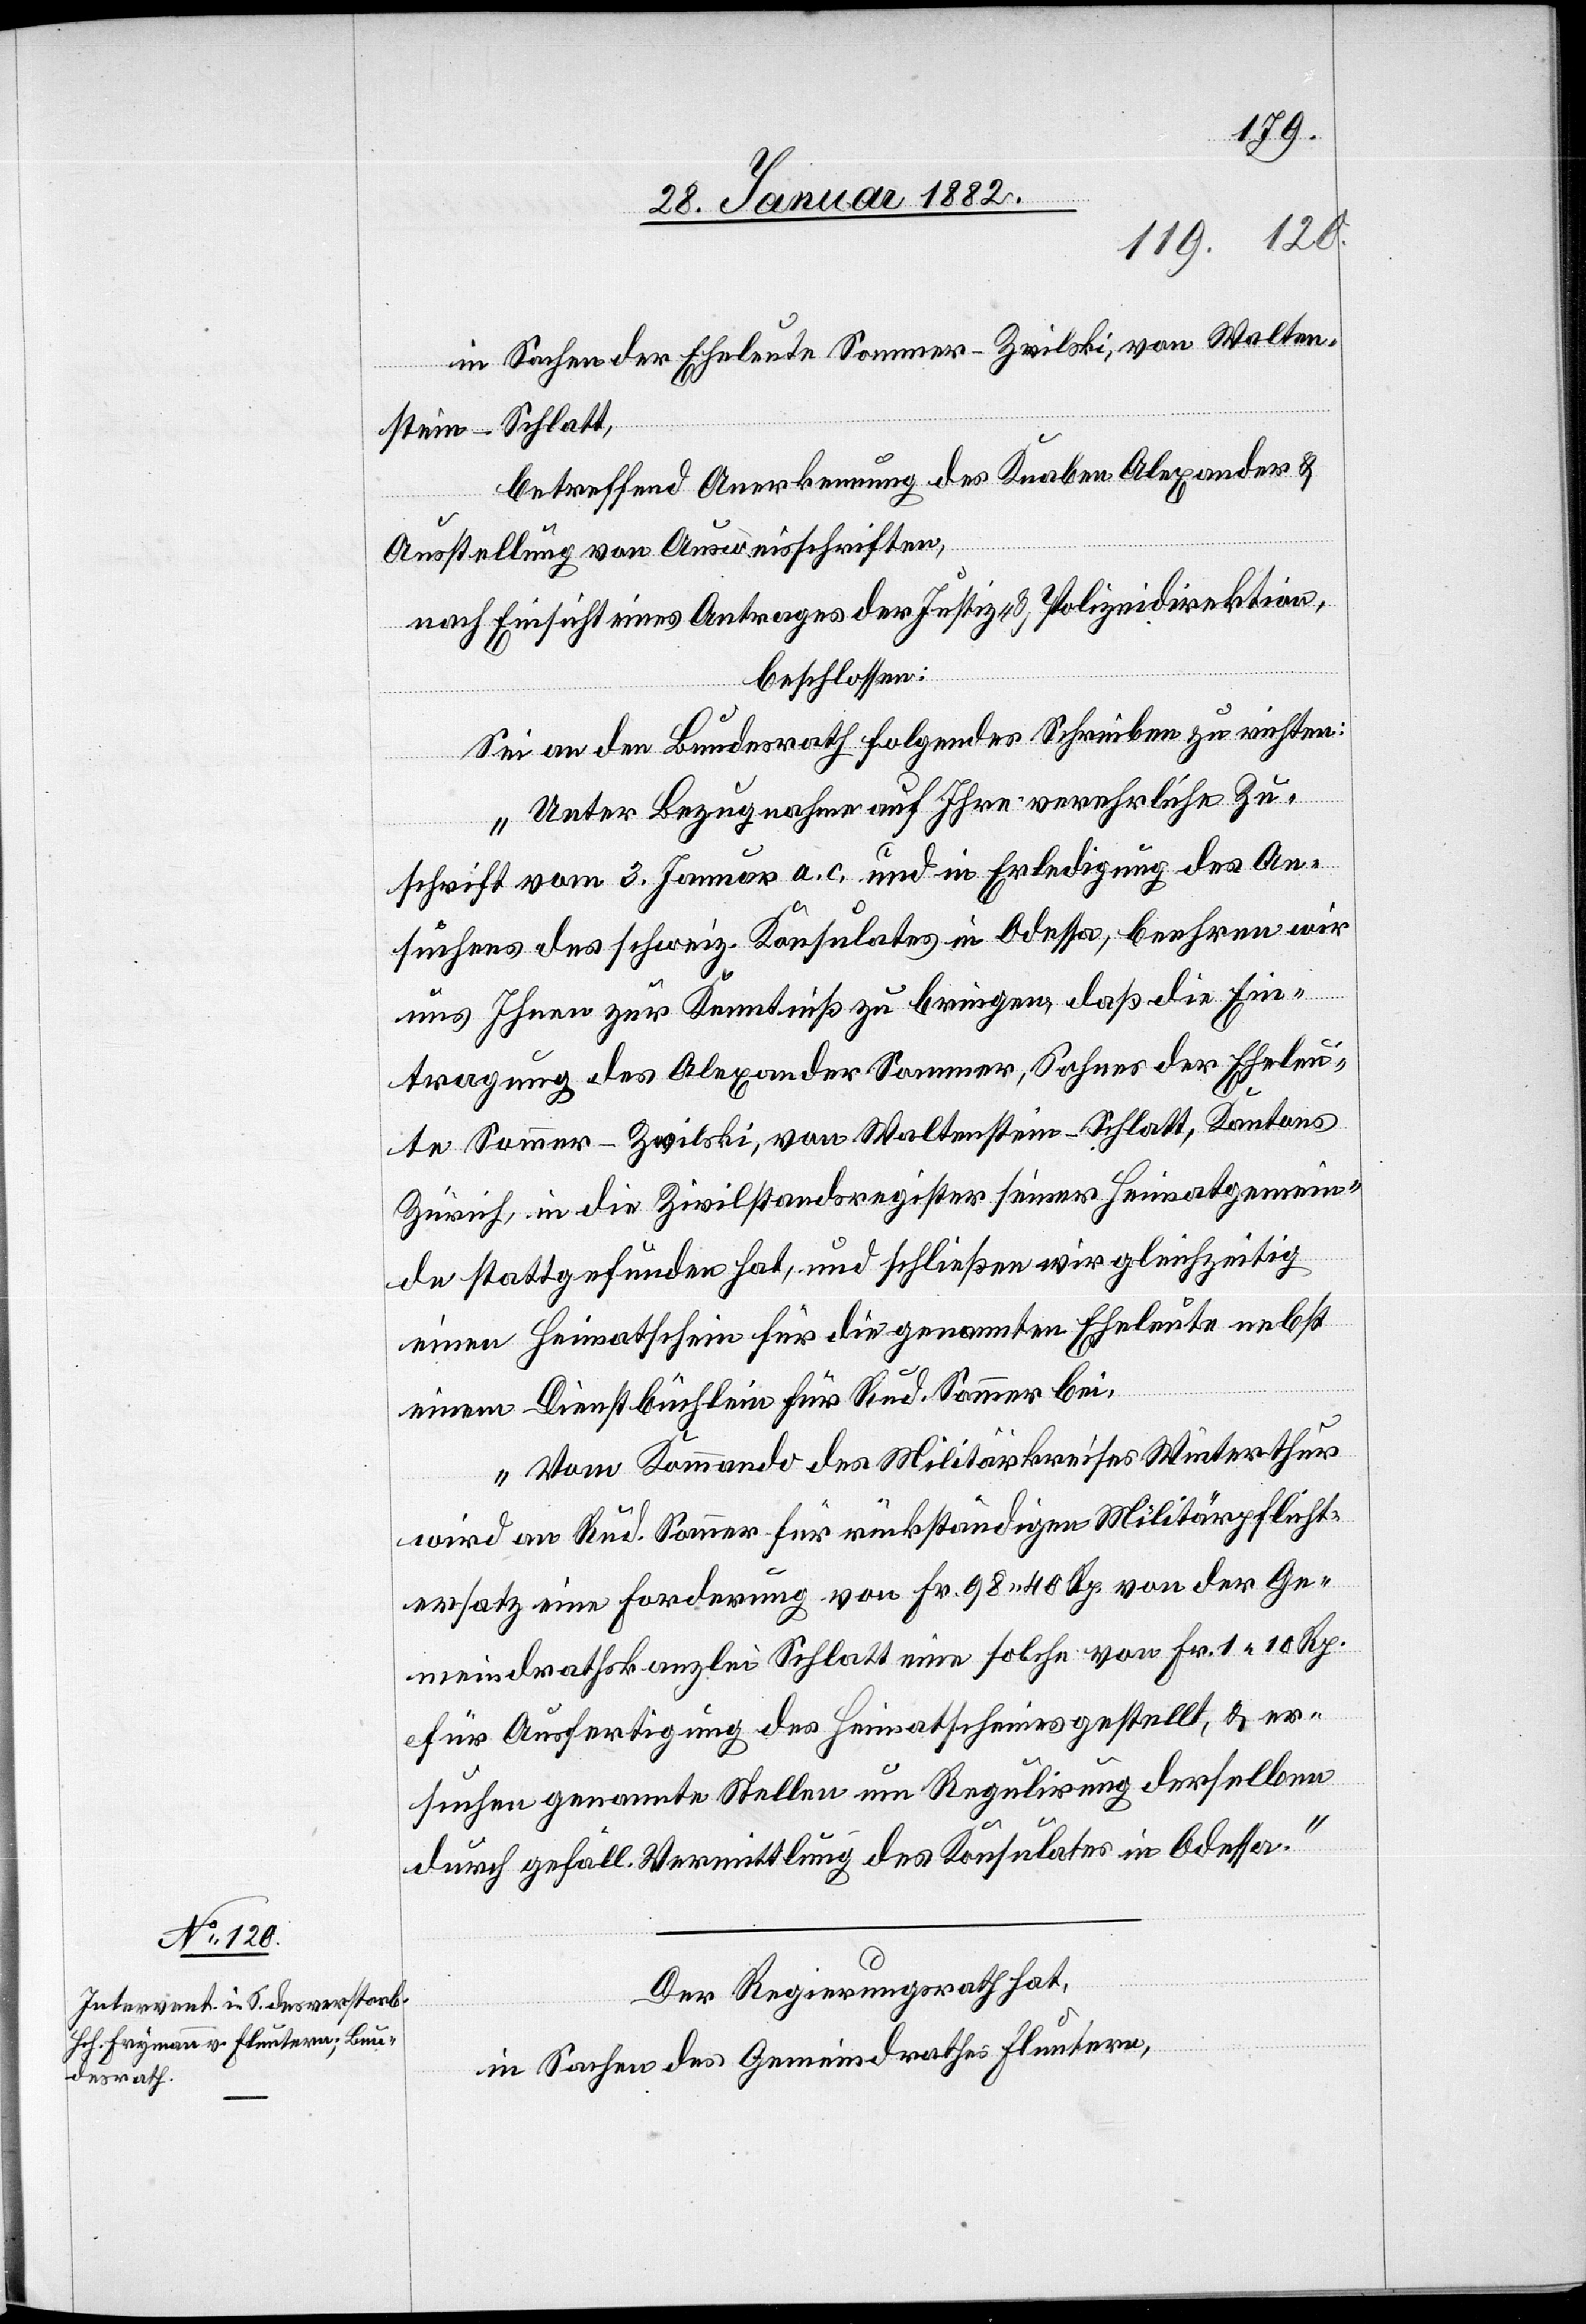
in Sachen der Eheleute Sommer-Zwilski, von Walten¬
stein - Schlatt,
betreffend Anerkennung des Knaben Alexander &
Ausstellung von Ausweisschriften,
nach Einsicht eines Antrages der Justiz- & Polizeidirektion,
beschlossen:
Sei an den Bundesrath folgendes Schreiben zu richten:
„Unter Bezugnahme auf Ihre verehrliche Zu¬
schrift vom 3. Januar a. c. und in Erledigung des An¬
suchens des schweiz. Konsulates in Odessa, beehren wir
eleu¬
uns Ihnen zur Kenntniß zu bringen, daß die Eh¬
te Sommer-Zwilski, von Waltenstein - Schlatt, Kantons
Zürich, in die Zivilstandsregister seiner Heimatgemein¬
de stattgefunden hat, und schließen wir gleichzeitig
einen Heimatschein für die genannten Eheleute nebst
einen Dienstbuchschein für Rud. Sommer bei.
Vom Kommando des Militärkreises Winterthur
wird an Rud. Sommer für rückständigen Militärpflicht¬
ersatz eine Forderung von Fr. 98. 40 Rp. von der Ge¬
meindrathskanzlei Schlatt eine solche von Fr. 1. 10 Rp.
für Ausfertigung des Heimatscheines gestellt, & er¬
suchen genannte Stellen um Regulierung derselben
durch gefäll. Vermittlung des Konsulates in Odessa.“
Der Regierungsrath hat,
in Sachen des Gemeindrathes Fluntern,